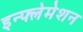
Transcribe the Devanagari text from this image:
इन्फ्लेमेशन